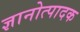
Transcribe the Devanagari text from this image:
ज्ञानोत्पादक